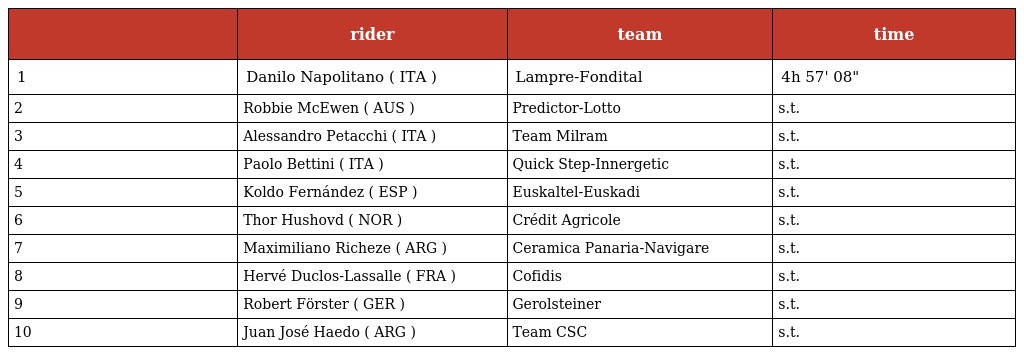
|  | rider | team | time |
 | --- | --- | --- | --- |
 | 1 | Danilo Napolitano ( ITA ) | Lampre-Fondital | 4h 57' 08" |
 | 2 | Robbie McEwen ( AUS ) | Predictor-Lotto | s.t. |
 | 3 | Alessandro Petacchi ( ITA ) | Team Milram | s.t. |
 | 4 | Paolo Bettini ( ITA ) | Quick Step-Innergetic | s.t. |
 | 5 | Koldo Fernández ( ESP ) | Euskaltel-Euskadi | s.t. |
 | 6 | Thor Hushovd ( NOR ) | Crédit Agricole | s.t. |
 | 7 | Maximiliano Richeze ( ARG ) | Ceramica Panaria-Navigare | s.t. |
 | 8 | Hervé Duclos-Lassalle ( FRA ) | Cofidis | s.t. |
 | 9 | Robert Förster ( GER ) | Gerolsteiner | s.t. |
 | 10 | Juan José Haedo ( ARG ) | Team CSC | s.t. |